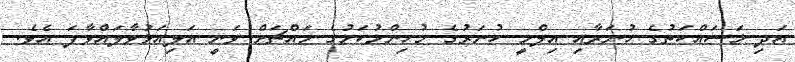
އަދި މަސައްކަތުގެ ހުނަރާއި އިލްމީ ހުނަރުގެ މުހިންމުކަމުގެ މައްޗަށް ވަނީ އަލިއަޅުވާލައްވާފަ އެވެ.